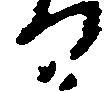
る